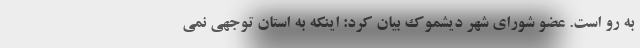
به رو است. عضو شورای شهر دیشموک بیان کرد: اینکه به استان توجهی نمی